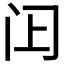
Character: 𬮛